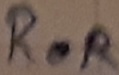
Text: ROR